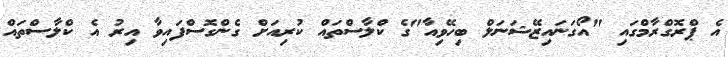
އެ ޕްރޮގްރާމްގައި "އޯގަނައިޒޭޝަނަލް ބިހޭވިއާ"ގެ ކްލާސްތައް ކުރިއަށް ގެންގޮސްފައިވާ އިރު އެ ކްލާސްތައް